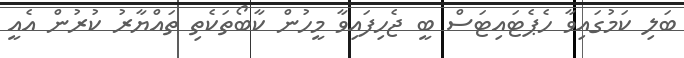
ބަލި ކަމުގައިވާ ހެޕެޓައިޓަސް ބީ ޖެހިފައިވާ މީހުން ކާބޯތަކެތި ތައްޔާރު ކުރުން އެއީ